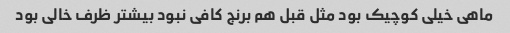
ماهی خیلی کوچیک بود مثل قبل هم برنج کافی نبود بیشتر ظرف خالی بود